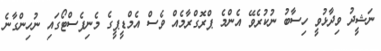
ނަޝީދު ވިދާޅުވީ ހިސާބު ނުކުރެވޭ އެންމެ ޕްރޮގްރާމެއް ވެސް އެމްޑީޕީގެ މެނިފެސްޓޯގައި ނުހިންގާނެ